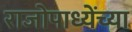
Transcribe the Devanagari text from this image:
राजोपाध्येंच्या